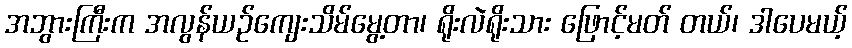
အဘွားကြီးက အလွန်ယဉ်ကျေးသိမ်မွေ့တာ၊ ရိုးလဲရိုးသား ဖြောင့်မတ် တယ်၊ ဒါပေမယ့်